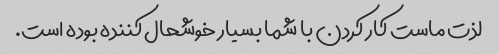
لذت ماست کار کردن با شما بسیار خوشحال کننده بوده است.